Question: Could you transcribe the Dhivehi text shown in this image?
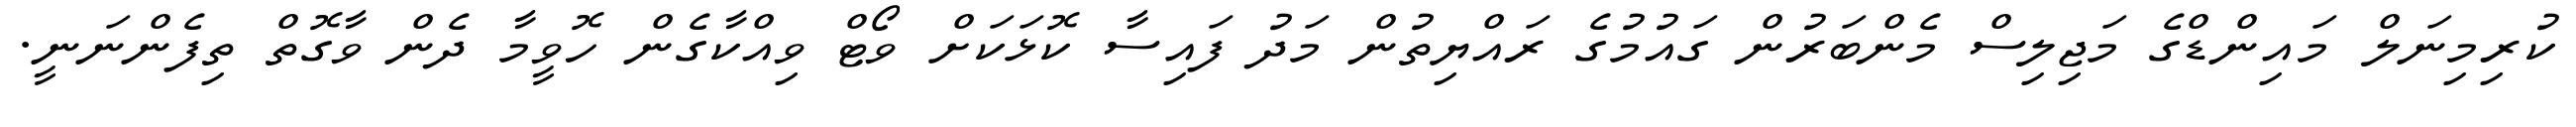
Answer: ކުރިމިނަލް މައިންޑްގެ މަޖިލިސް މެންބަރުން ގައުމުގެ ރައްޔިތުން މަދު ފައިސާ ކޮޅަކަށް ވޯޓް ވިއްކާގެން ހޮވީމާ ދެން ވާގޮތް ތިފެންނަނީ.